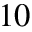
1 0